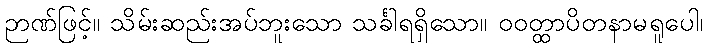
ဉာဏ်ဖြင့်။ သိမ်းဆည်းအပ်ဘူးသော သင်္ခါရရှိသော။ ဝဝတ္ထာပိတနာမရူပေါ၊